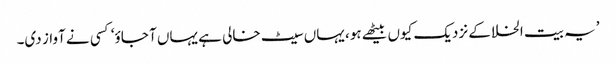
’یہ بیت الخلا کے نزدیک کیوں بیٹھے ہو، یہاں سیٹ خالی ہے یہاں آ جاؤ‘ کسی نے آواز دی۔